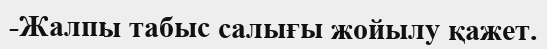
-Жалпы табыс салығы жойылу қажет.